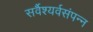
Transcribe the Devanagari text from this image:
सर्वैश्यर्वसंपन्न